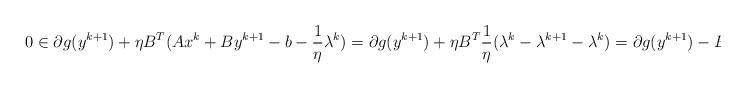
LaTeX: \begin{align*} 0& \in \partial g(y^{k+1})+\eta B^T(Ax^k+By^{k+1}-b-\frac{1}{\eta}\lambda^k)= \partial g(y^{k+1})+\eta B^T\frac{1}{\eta}(\lambda^k-\lambda^{k+1}-\lambda^k)=\partial g(y^{k+1})- B^T\lambda^{k+1}\ , \end{align*}